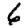
Digit: 6